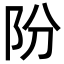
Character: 𨸣